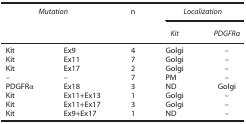
| <COLSPAN=2> Mutation | n | <COLSPAN=2> Localization |
 |  |  |  | Kit | PDGFRα |
 | --- | --- | --- | --- | --- |
 | Kit | Ex9 | 4 | Golgi | – |
 | Kit | Ex11 | 7 | Golgi | – |
 | Kit | Ex17 | 2 | Golgi | – |
 | – | – | 7 | PM | – |
 | PDGFRα | Ex18 | 3 | ND | Golgi |
 | Kit | Ex11+Ex13 | 1 | Golgi | – |
 | Kit | Ex11+Ex17 | 3 | Golgi | – |
 | Kit | Ex9+Ex17 | 1 | ND | – |